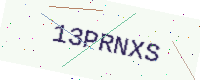
Text: 13PRNXS